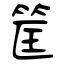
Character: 筐